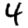
Digit: 4